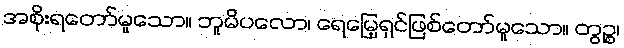
အစိုးရတော်မူသော။ ဘူမိပလော၊ ရေမြေ့ရှင်ဖြစ်တော်မူသော။ တွဉ္စ၊